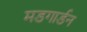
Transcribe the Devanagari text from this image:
मडगार्डन